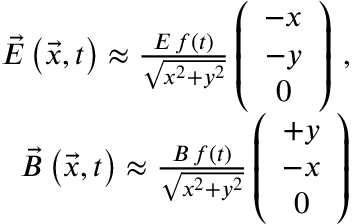
\begin{array} { r l r } & { } & { \vec { E } \left( \vec { x } , t \right) \approx \frac { E \, f ( t ) } { \sqrt { x ^ { 2 } + y ^ { 2 } } } \left( \begin{array} { c } { - x } \\ { - y } \\ { 0 } \end{array} \right) \, , } \\ & { } & { \vec { B } \left( \vec { x } , t \right) \approx \frac { B \, f ( t ) } { \sqrt { x ^ { 2 } + y ^ { 2 } } } \left( \begin{array} { c } { + y } \\ { - x } \\ { 0 } \end{array} \right) } \end{array}